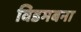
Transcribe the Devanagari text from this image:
विडमबना